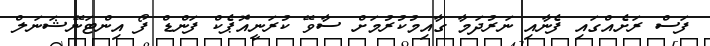
ފަސް ރަށެއްގައި ފެނާއި ނަރުދަމާ ގާއިމުކުރުމަށް ސާވޭ ކުރަނީއޮޕެކް ފަންޑް ފޯ އިންޓަނޭޝަނަލް